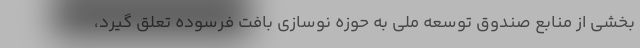
بخشی از منابع صندوق توسعه ملی به حوزه نوسازی بافت فرسوده تعلق گیرد،